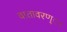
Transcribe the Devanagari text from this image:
वातावरण्ा